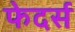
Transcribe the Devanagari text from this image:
फेदर्स